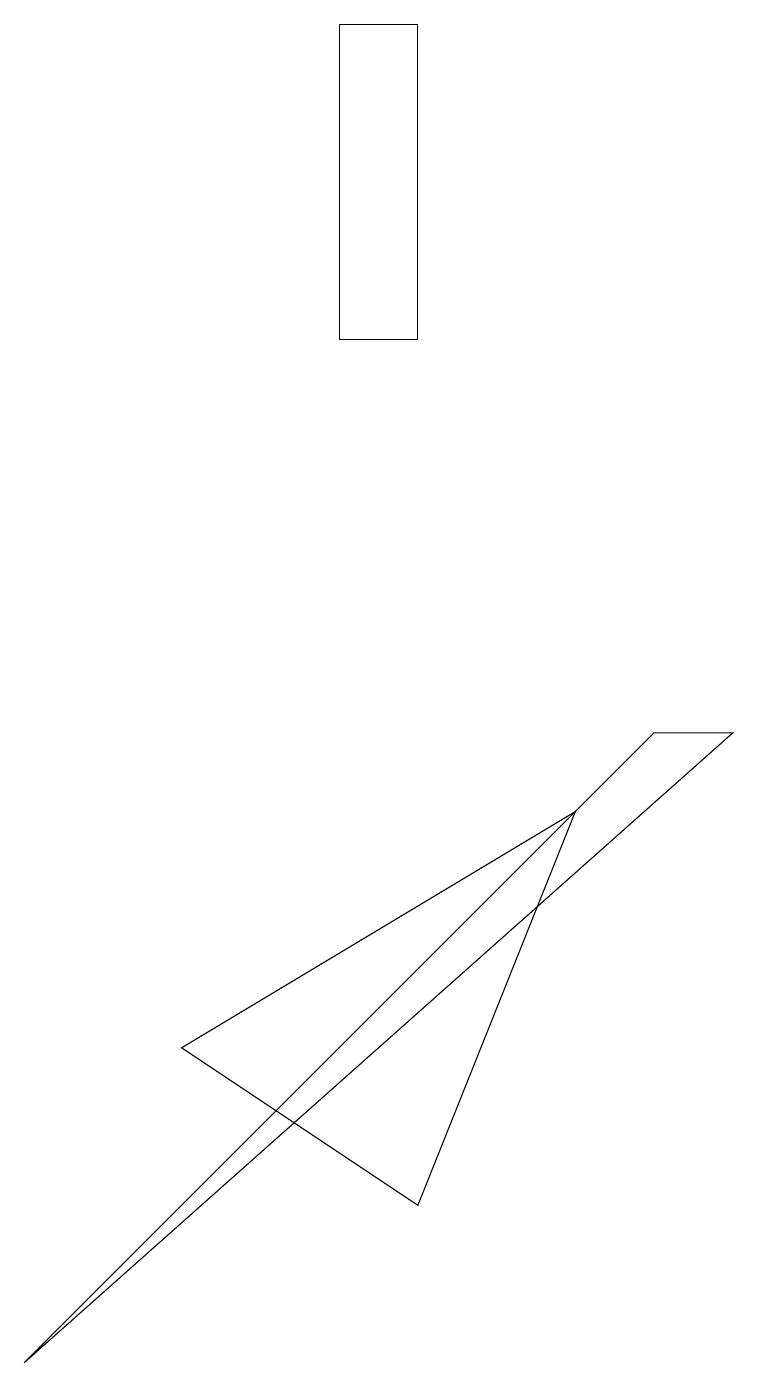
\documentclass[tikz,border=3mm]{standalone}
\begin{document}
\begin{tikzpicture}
\draw (5,18) rectangle (4,14);
\draw (0,1) -- (8,9) -- (9,9) -- cycle;
\draw (7,8) -- (5,3) -- (2,5) -- cycle;
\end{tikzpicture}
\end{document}